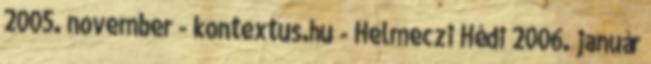
2005. november - kontextus.hu - Helmeczi Hédi 2006. január